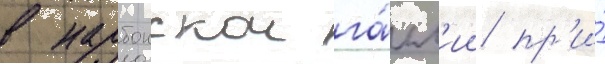
в нарбонскои га́лл'ии пр'и́